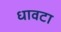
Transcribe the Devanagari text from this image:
धावटा